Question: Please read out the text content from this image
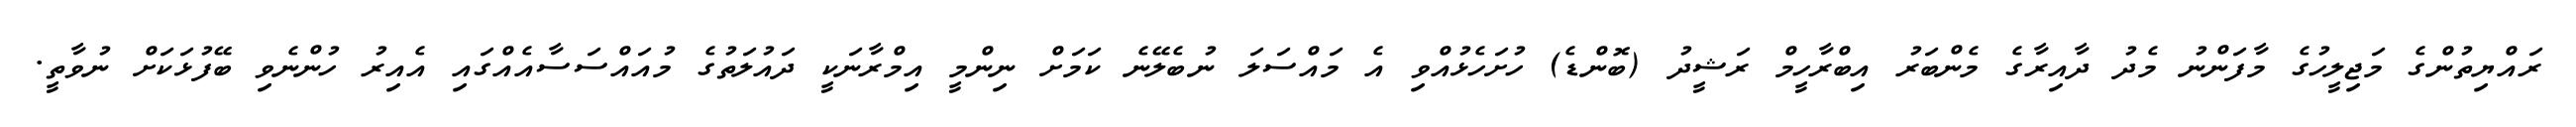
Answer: ރައްޔިތުންގެ މަޖިލީހުގެ މާފަންނު މެދު ދާއިރާގެ މެންބަރު އިބްރާހީމް ރަޝީދު (ބޮންޑެ) ހުށަހެޅުއްވި އެ މައްސަލަ ނުބެލޭނެ ކަމަށް ނިންމީ އިމްރާނަކީ ދައުލަތުގެ މުއައްސަސާއެއްގައި އެއިރު ހުންނެވި ބޭފުޅަކަށް ނުވާތީ.